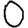
Digit: 0